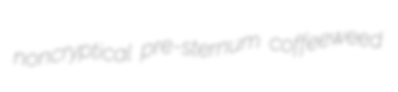
noncryptical pre-sternum coffeeweed